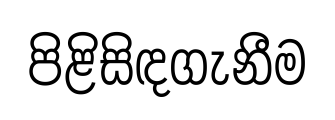
පිළිසිඳගැනීම